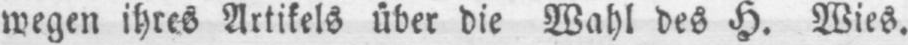
wegen ihres Artikels über die Wahl des H. Wies.